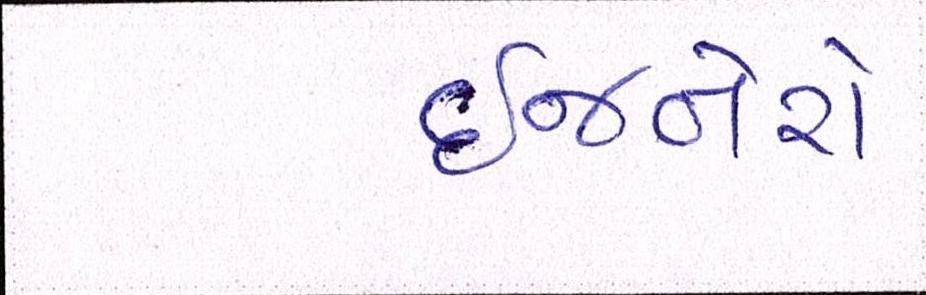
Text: ઈજનેરો